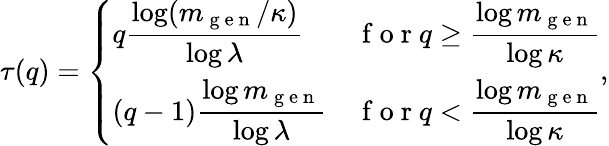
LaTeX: \tau(q)=\left\{ \begin{array}{ll}{q\displaystyle\frac{\log(m_{\mathrm{~g~e~n~}}/\kappa)}{\log\lambda}}&{\mathrm{~f~o~r~}q\ge\displaystyle\frac{\log m_{\mathrm{~g~e~n~}}}{\log\kappa}}\\ {(q-1)\displaystyle\frac{\log m_{\mathrm{~g~e~n~}}}{\log\lambda}}&{\mathrm{~f~o~r~}q<\displaystyle\frac{\log m_{\mathrm{~g~e~n~}}}{\log\kappa}}\end{array}\right.,